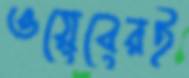
ওয়েবেরই